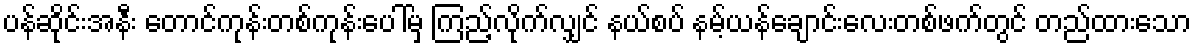
ပန်ဆိုင်းအနီး တောင်ကုန်းတစ်ကုန်းပေါ်မှ ကြည့်လိုက်လျှင် နယ်စပ် နမ့်ယန်ချောင်းလေးတစ်ဖက်တွင် တည်ထားသော